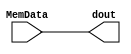
module mdr(MemData, dout);
    input [31:0]MemData;
    output reg[31:0]dout;


    initial
        dout = 32'b0;

    always@(*)begin
        dout = MemData;
    end

    

endmodule